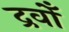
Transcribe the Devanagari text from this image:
द्रवोँ